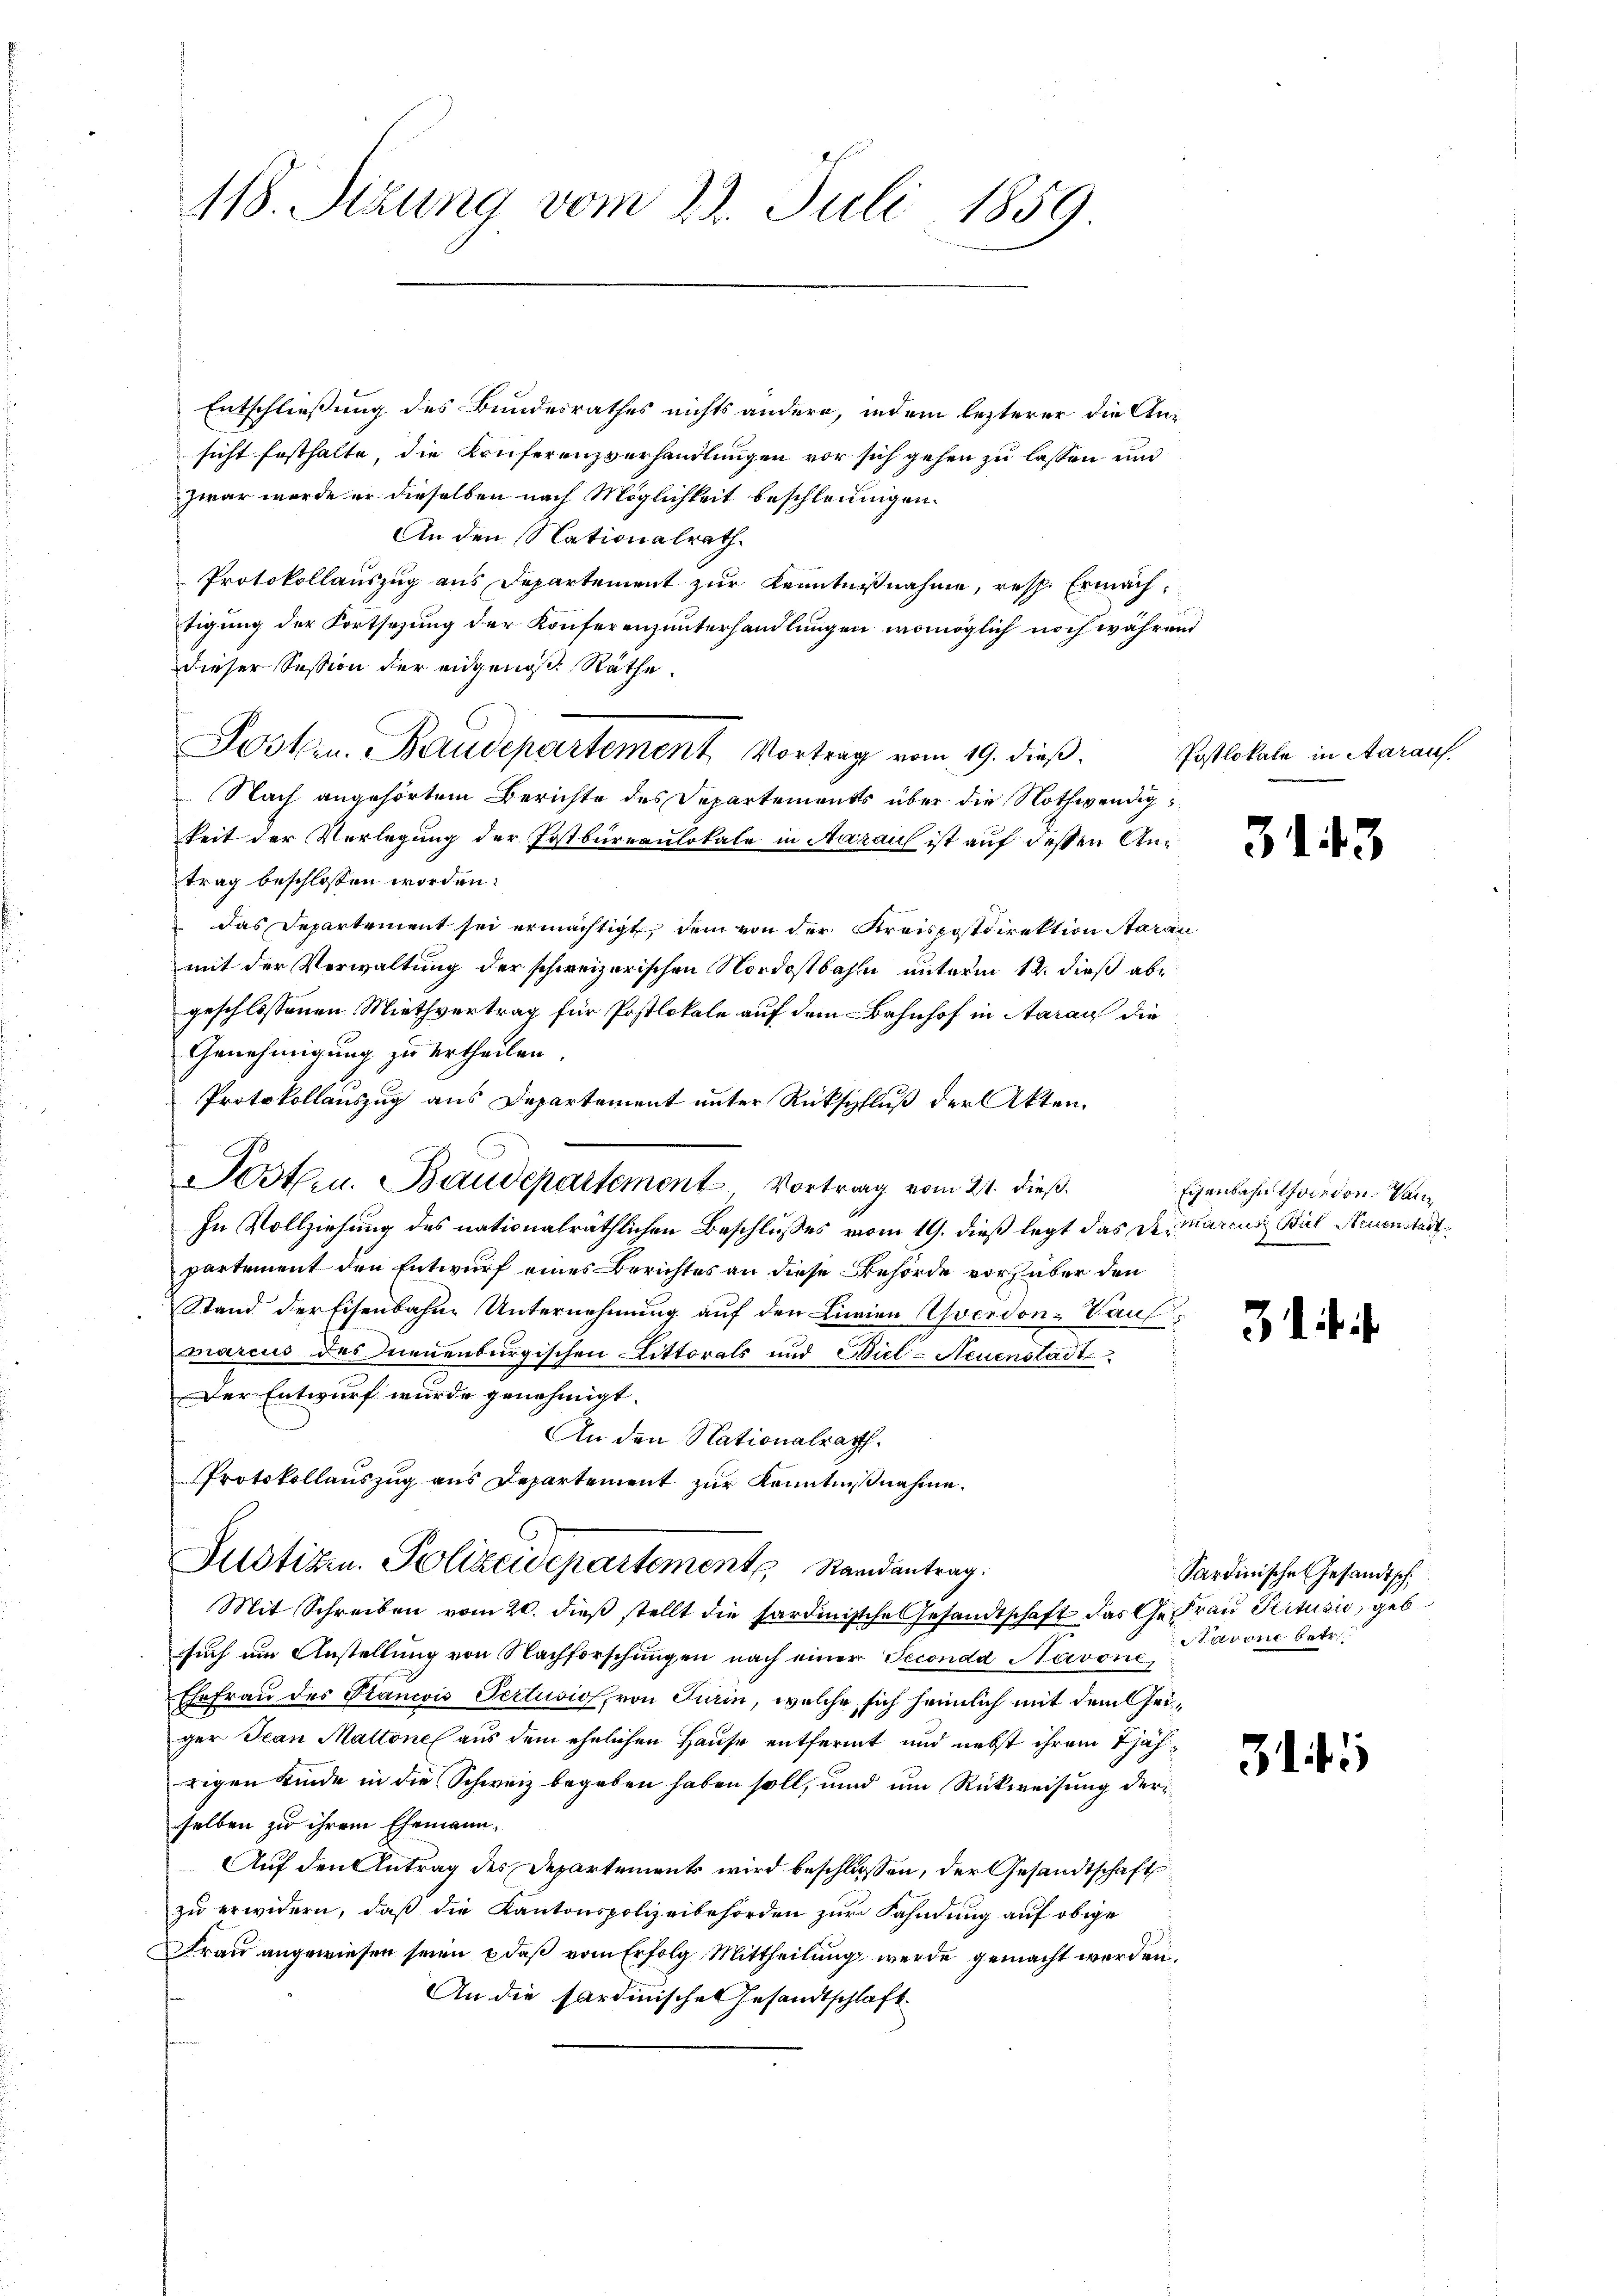
118. Sizung vom 23. Juli 1859

Entschließung des Bundesrathes nichts andern, indem lezterer die Ansicht festhalte, die Konferenzverhandlungen vor sich gehen zu lassen und
zwar werde er dieselben nach Möglichkeit beschleunigen.
An den Nationalrath
Protokollauszug aus Departement zur Kenntnißnahme, resp. Ermächtigung der Fortsezung der Konferenzunterhandlungen, womöglich noch während
dieser Session der engenoß, Räthe
Nach angehörtem Berichte des Departements über die Nothwendigkeit der Vorlegung der Postbureaulokale in Aaraus ist auf dessen Antrag beschlossen worden:
 das Departement sei ermächtigt, dem von der Kreispostdirektion Aarau
mit der Verwaltung der schweizerischen Nordostbahn unterm 12. dieß abe
geschlossenen Miethvertrag für Postlokale auf dem Bahnhof in Aaraus die
Genehmigung zu ertheilen.
Protokollauszug aus Departement unter Rückschluß der Akten.
.
Jost u. Baudepartement, Vortrag vom 21. dieß.
In Vollziehung des nationalräthlichen Beschlusses vom 19. dieß legt das Dr. Marcus Biel Neuenstadt
partement den Entwurf eines Berichtes an diese Behörde vorüber den
Stand der Eisenbahne Unternehmung auf den Linien verdon-Vauf
marcus des Ineuenburgischen Littorats und Biel-Neuenstadt
Der Entwurf wurde genehmigt.
An den Nationalrath.
Protokollauszug aus Departement zur Kenntnißnahme.
Justizen. Polizeidepartements Randantrag.
Mit Schreiben vom 20. dieß stellt die sardinische Gesandtschaft das Gefrau Pictusić, geb
such um Anstellung von Nachforschungen nach einer Seconda Navoni,
Ehefrau des Plancois Pertusio, von Turin, welche sich heimlich mit dem Geiger Jean Mattone aus dem ehelichen Hause entfernt und nebst ihrem jährigen Kinde in die Schweiz begeben haben soll, und um Rückweisung der
selben zu ihrem Ehemann.
Auf den Antrag des Departements wird beschlossen, der Gesandtschaft
zu erwidern, daß die Kantonspolizeibehörden zur Fahndung auf obige
Frau angewiesen seien, daß vom Erfolg Mittheilung werde gemacht werden.
An die Sardinischen Gesandtschlaft

Poster. Baudepartement Vortrag vom 19. dieβ.

Postlokale in Aaraus.

3

.

3

Eisenbahn wirden. Van

31.

Sardinische Gesandtsch
taren betr

3145